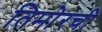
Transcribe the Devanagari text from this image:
तिमोरची